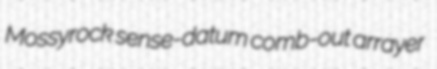
Mossyrock sense-datum comb-out arrayer